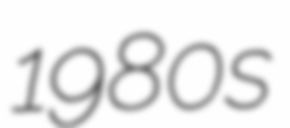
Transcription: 1980s